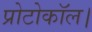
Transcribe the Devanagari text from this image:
प्रोटोकॉल।